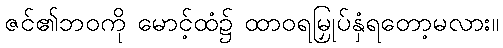
ဇင်၏ဘဝကို မောင့်ထံ၌ ထာဝရမြှုပ်နှံရတော့မလား။